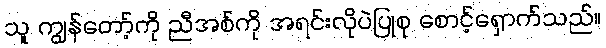
သူ ကျွန်တော့်ကို ညီအစ်ကို အရင်းလိုပဲပြုစု စောင့်ရှောက်သည်။